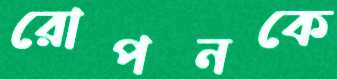
রোপনকে